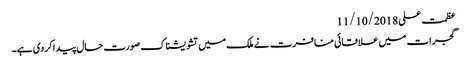
عظمت علی 11/10/2018
گجرات میں علاقائی منافرت نے ملک میں تشویشناک صورت حال پیدا کردی ہے۔